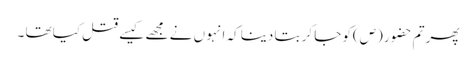
پھر تم حضو ر (ص)کو جا کر بتا دینا کہ انہو ں نے مجھے کیسے قتل کیا تھا ۔